Report on enteric fever
Disease focus: Fever
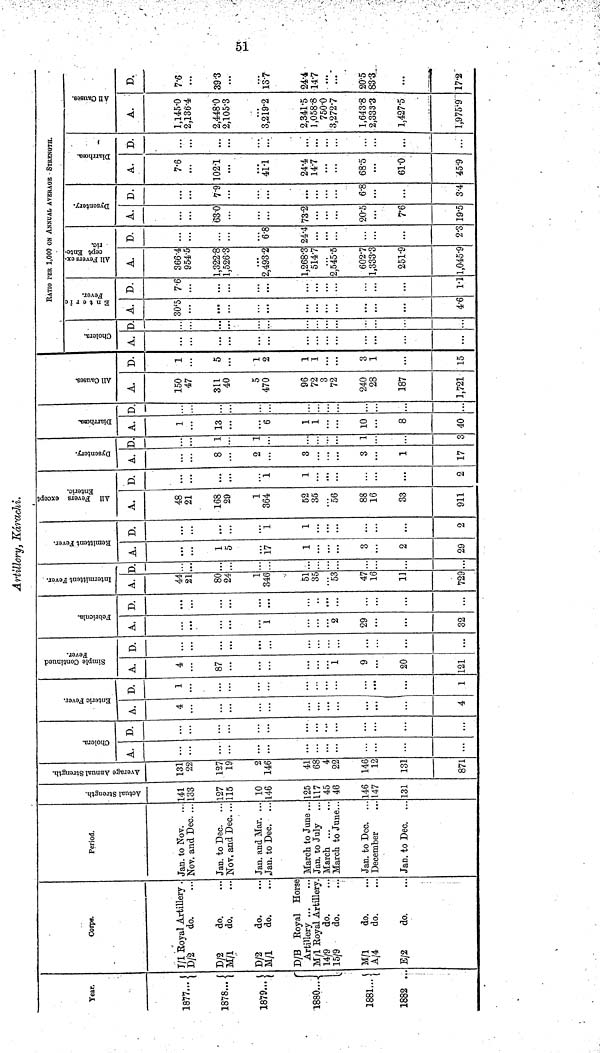
51
Artillery, Karachi.
Year.
1877...
1878...
1879...
1880...
1881...
1882 ..
Corps.
I/1 Royal Artillery .
D/2
do.
D/2
do.
M/1
do.
D/2
do.
M/l
do.
D/B Royal Horse
Artillery
M/l Royal Artillery
14/9
do.
15/9
do.
M/l
do.
A/4
do.
E/2
do.
Period.
Jan. to Nov.
Nov. and Dec. ...
Jan. to Dec.
Nov. and Dec. ...
Jan. and Mar. ..
Jan. to Dec,
March to June ..
Jan. to July
March
March to June..
Jan. to Dec.
December
Jan. to Dec.
Actual Strength.
141
133
127
115
10
146
125
117
45
46
146
147
131
Average Annual Strength.
131
22
127
19
2
146
41
68
4
22
14
1
13
87
Cholera.
A.
...
...
...
D.
...
...
...
Enteric Fever.
A.
4
4
D.
1
1
Simple Continued
Fever.
A.
4
87
1
9
20
121
D.
...
...
Febricula.
A.
...
1
2
29
32
D.
...
...
Intermittent Fever.
A.
44
21
80
24
1
346
51
35
53
47
16
11
729
D.
Remittent Fever.
A.
. ..
1
5
17
1
3
...
2
29
D.
...
...
...
i
1
...
...
2
All Fevers except
Enteric.
A.
48
21
168
29
1
364
52
35
56
88
16
33
911
D.
...
...
1
1
...
...
2
Dysentery
A.
8
2
3
...
3
1
17
D.
1
.
..
1
..
Diarrhæa
A.
1
13
. ..
6
1
1
10
8
40
D.
:::
...
...
...
...
All Causes.
A.
150
47
311
40
5
470
96
72
3
72
240
28
187
1,721
D.
1
5
1
2
1
1
3
1
15
Cholera.
A. D.
RATIO PER 1,000 ON ANNUAL AVERAGE - STRENGTH.
Enteric Fever
A.
30.5
4.6
D.
7.6
1.1
All Fevers except Enteric.
A.
366.4
954.5
1,322.8
1,526.3
2,493.2
1,268.3
514.7
2,545.5
602.7
1,333.3
251.9
1,045.9
D.
6.8
24.4
...
...
2.3
Dysentery.
A.
63.0
...
73.2
...
20.5
7.6
19.5
D.
7.9
...
...
...
6.8
...
3.4
Diarrhœa.
A.
7.6
102.1
41.1
24.4
14.7
68.5
61.0
45.9
D.
:::
...
...
...
...
...
...
All Causes.
A.
1,145.0
2,136.4
2,448'0
2,105.3
3,219.2
2,341.5
1,058.8
750.0
3,272.7
1,643.8
2,333.3
1,427.5
1,975.9
D.
7.6
...
39.3
...
13.7
24.4
14.7
...
...
20.5
83.3
...
17.2